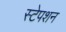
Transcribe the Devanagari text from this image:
स्‍टेपशन